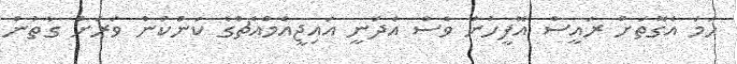
ހަމަ އެގޮތަށް ރައީސް އޮފީހުން ވެސް އެދަނީ އައިޖީއެމްއެޗްގެ ކަންކަން ވަރަށް ގާތުން